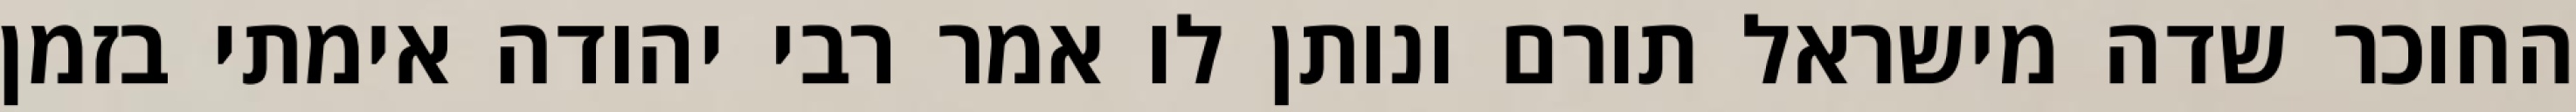
החוכר שדה מישראל תורם ונותן לו אמר רבי יהודה אימתי בזמן